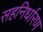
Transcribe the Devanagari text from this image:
सहनिर्धारण